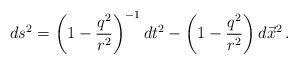
LaTeX: \begin{align*}ds^{2}= \left(1-\frac{q^{2}}{r^{2}}\right)^{-1}dt^{2}-\left(1-\frac{q^{2}}{r^{2}}\right)d\vec{x}^{2}\, .\end{align*}